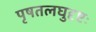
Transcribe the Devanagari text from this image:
पृषतलघुदृष्टः